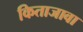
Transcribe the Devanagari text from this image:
किताजावा